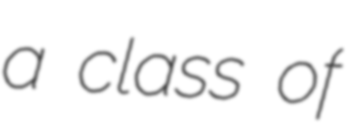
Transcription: a class of